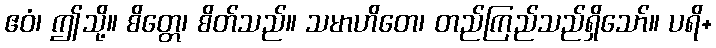
ဧဝံ၊ ဤသို့။ စိတ္တေ၊ စိတ်သည်။ သမာဟိတေ၊ တည်ကြည်သည်ရှိသော်။ ပရိ+